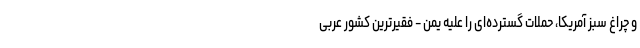
و چراغ سبز آمریکا، حملات گسترده‌ای را علیه یمن - فقیرترین کشور عربی